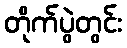
တိုက်ပွဲတွင်း